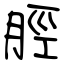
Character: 脛